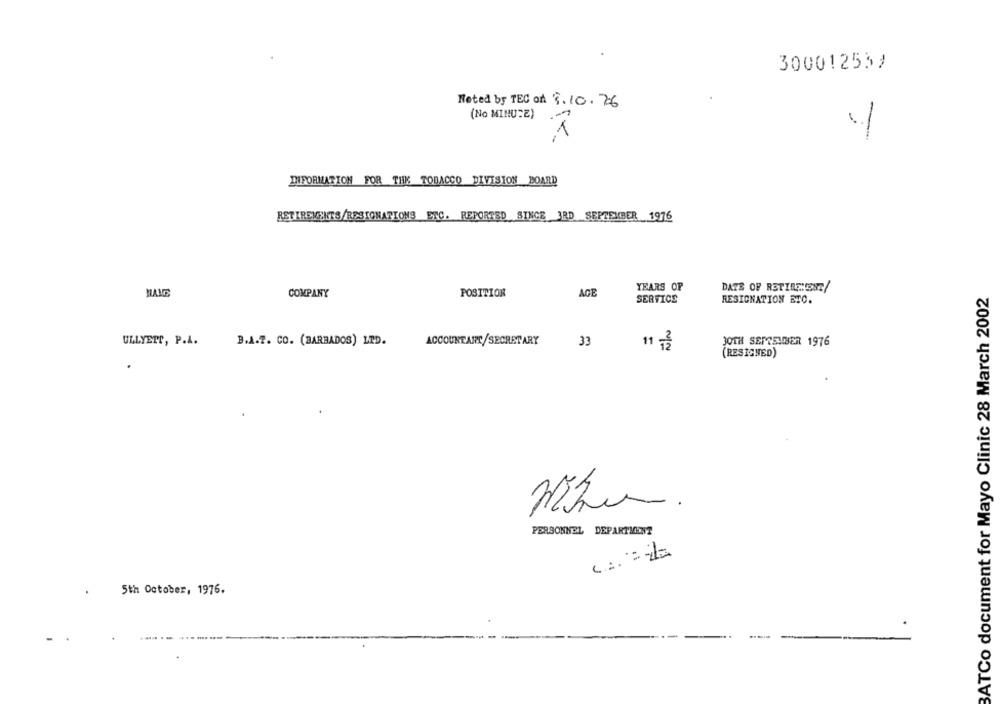
300012532
Noted by TEC on 3.10.76
(No MINUTE)
1
-
INFORMATION FOR THE TOBACCO DIVISION BOARD
RETIREMENTS/RESTONATIONS ETC. REPORTED SINCE 3RD SEPTEMBER 1976
YEARS OF
DATE OF RSTIRENESZ/
BATCo document for Mayo Clinic 28 March 2002
HAVE
COMPANY
POSITION
ACE
SERVICE
RESIGNATION ETC.
ULLYETT, P.A.
B.A.T. CO. (BARBADOS) LTD.
ACCOUNTANT/SECRETARY
33
30TH SEPTEMBER 1976
11름
(RESIGNED)
PERSONNEL DEPARTMENT
5th October, 1976.